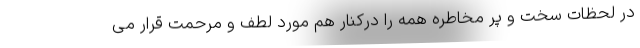
در لحظات سخت و پر مخاطره همه را درکنار هم مورد لطف و مرحمت قرار می